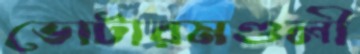
ভোটারমণ্ডলী